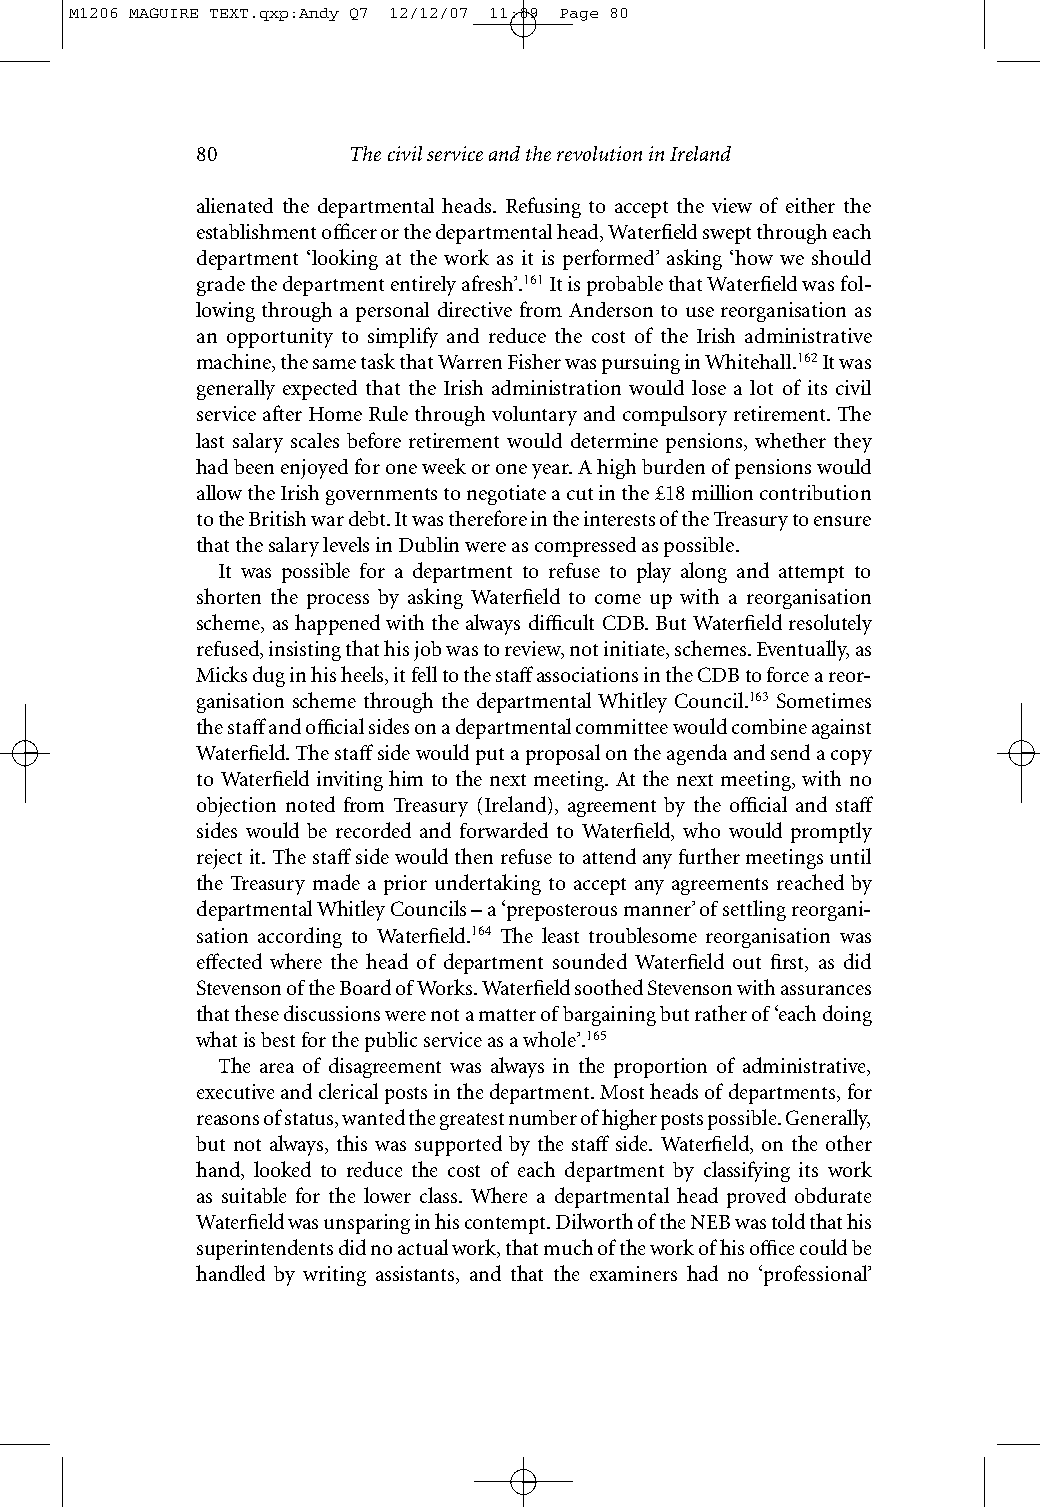
M1206 MAGUIRE TEXT.qxp:Andy Q7 12/12/07 11:09 Page 80
 80        The civil service and the revolution in Ireland
 alienated the departmental heads. Refusing to accept the view of either the
 establishment officer or the departmental head, Waterfield swept through each
 department ‘looking at the work as it is performed’ asking ‘how we should
 grade the department entirely afresh’.161It is probable that Waterfield was fol-
 lowing through a personal directive from Anderson to use reorganisation as
 an opportunity to simplify and reduce the cost of the Irish administrative
 machine, the same task that Warren Fisher was pursuing in Whitehall.162It was
 generally expected that the Irish administration would lose a lot of its civil
 service after Home Rule through voluntary and compulsory retirement. The
 last salary scales before retirement would determine pensions, whether they
 had been enjoyed for one week or one year. A high burden of pensions would
 allow the Irish governments to negotiate a cut in the £18 million contribution
 to the British war debt. It was therefore in the interests of the Treasury to ensure
 that the salary levels in Dublin were as compressed as possible.
 It was possible for a department to refuse to play along and attempt to
 shorten the process by asking Waterfield to come up with a reorganisation
 scheme, as happened with the always difficult CDB. But Waterfield resolutely
 refused, insisting that his job was to review, not initiate, schemes. Eventually, as
 Micks dug in his heels, it fell to the staffassociations in the CDB to force areor-
 ganisation scheme through the departmental Whitley Council.163 Sometimes
 the staffand official sides on a departmental committee would combine against
 Waterfield. The staffside would put a proposal on the agenda and send a copy
 to Waterfield inviting him to the next meeting. At the next meeting, with no
 objection noted from Treasury (Ireland), agreement by the official and staff
 sides would be recorded and forwarded to Waterfield, who would promptly
 reject it. The staffside would then refuse to attend any further meetings until
 the Treasury made a prior undertaking to accept any agreements reached by
 departmental Whitley Councils – a ‘preposterous manner’ of settling reorgani-
 sation according to Waterfield.164 The least troublesome reorganisation was
 effected where the head of department sounded Waterfield out first, as did
 Stevenson of the Board of Works. Waterfield soothed Stevenson with assurances
 that these discussions were not a matter of bargaining but rather of ‘each doing
 what is best for the public service as a whole’.165
 The area of disagreement was always in the proportion of administrative,
 executive and clerical posts in the department. Most heads of departments, for
 reasons of status, wanted the greatest number of higher posts possible. Generally,
 but not always, this was supported by the staff side. Waterfield, on the other
 hand, looked to reduce the cost of each department by classifying its work
 as suitable for the lower class. Where a departmental head proved obdurate
 Waterfield was unsparing in his contempt. Dilworth of the NEB was told that his
 superintendents did no actual work, that much of the work of his office could be
 handled by writing assistants, and that the examiners had no ‘professional’